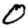
Digit: 0